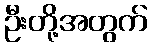
ဦးတို့အတွက်